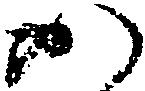
か